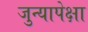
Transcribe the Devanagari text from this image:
जुन्यापेक्षा